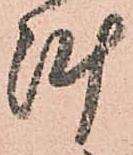
陣